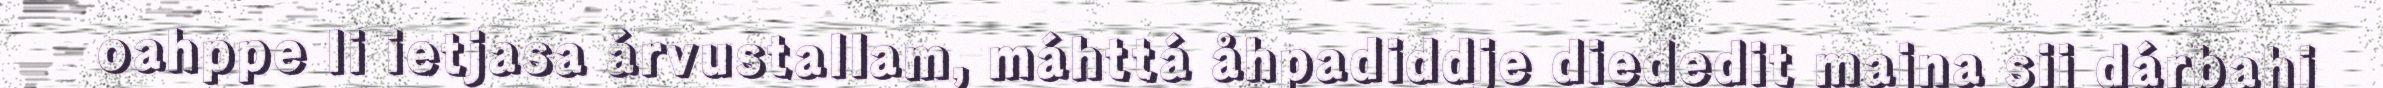
oahppe li ietjasa árvustallam, máhttá åhpadiddje diededit majna sij dárbahi